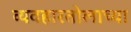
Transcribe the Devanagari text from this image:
व्यवहारतोलाच्या